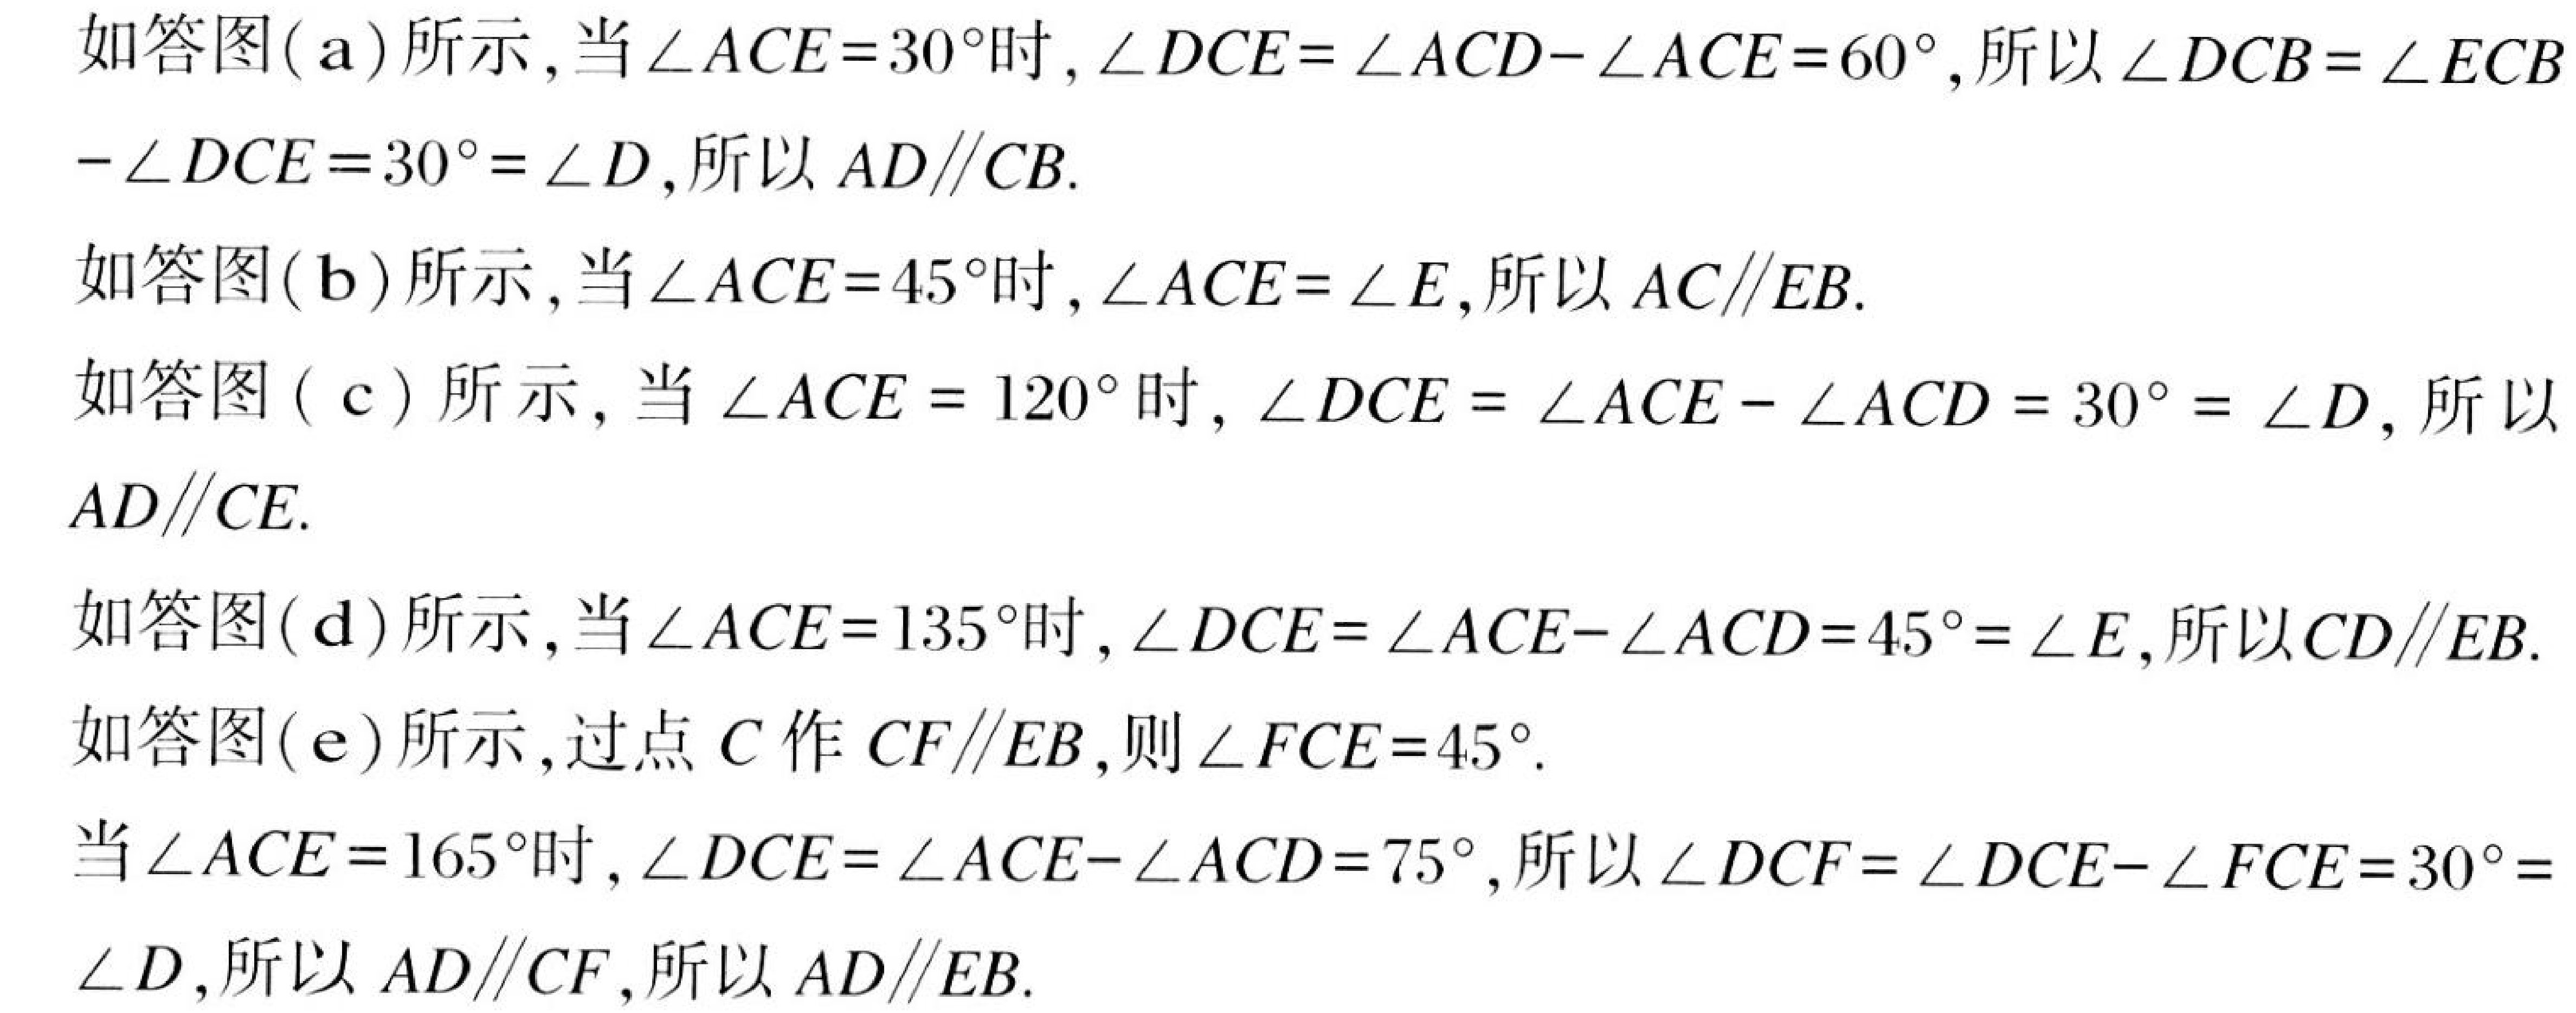
如答图(a)所示, 当 \(\angle ACE = 30^{\circ}\)时, \(\angle DCE=\angle ACD - \angle ACE = 60^{\circ}\), 所以 \(\angle DCB=\angle ECB-\angle DCE = 30^{\circ}=\angle D\), 所以 \(AD\parallel CB\).
如答图(b)所示, 当 \(\angle ACE = 45^{\circ}\)时, \(\angle ACE=\angle E\), 所以 \(AC\parallel EB\).
如答图 (c) 所示, 当 \(\angle ACE = 120^{\circ}\)时, \(\angle DCE=\angle ACE - \angle ACD = 30^{\circ}=\angle D\), 所以 \(AD\parallel CE\).
如答图(d)所示, 当 \(\angle ACE = 135^{\circ}\)时, \(\angle DCE=\angle ACE - \angle ACD = 45^{\circ}=\angle E\), 所以 \(CD\parallel EB\).
如答图(e)所示, 过点 \(C\) 作 \(CF\parallel EB\), 则 \(\angle FCE = 45^{\circ}\).
当 \(\angle ACE = 165^{\circ}\)时, \(\angle DCE=\angle ACE - \angle ACD = 75^{\circ}\), 所以 \(\angle DCF=\angle DCE - \angle FCE = 30^{\circ}=\angle D\), 所以 \(AD\parallel CF\), 所以 \(AD\parallel EB\).